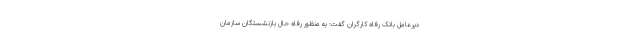
دیرعامل بانک رفاه کارگران گفت: به منظور رفاه حال بازنشستگان سازمان